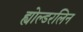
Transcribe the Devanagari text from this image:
ह्योल्डरलिन